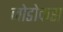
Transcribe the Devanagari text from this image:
जोडोकस